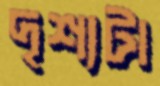
দৃশ্যটা